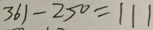
3 6 1 - 2 5 0 = 1 1 1